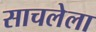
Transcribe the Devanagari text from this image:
साचलेला